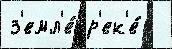
з'емл'е́ р'ек'е́